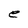
Character: e